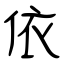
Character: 依